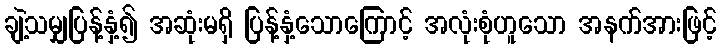
ချဲ့သမျှပြန့်နှံ့၍ အဆုံးမရှိ ပြန့်နှံ့သောကြောင့် အလုံးစုံဟူသော အနက်အားဖြင့်